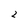
Character: 2